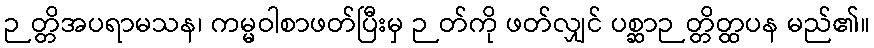
ဉတ္တိအပရာမသန၊ ကမ္မဝါစာဖတ်ပြီးမှ ဉတ်ကို ဖတ်လျှင် ပစ္ဆာဉတ္တိတ္ထပန မည်၏။